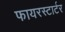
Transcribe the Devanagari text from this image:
फायरस्टार्टर